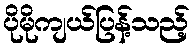
ပိုမိုကျယ်ပြန့်သည့်